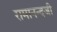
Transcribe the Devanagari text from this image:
रामानन्दजी